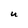
Character: U